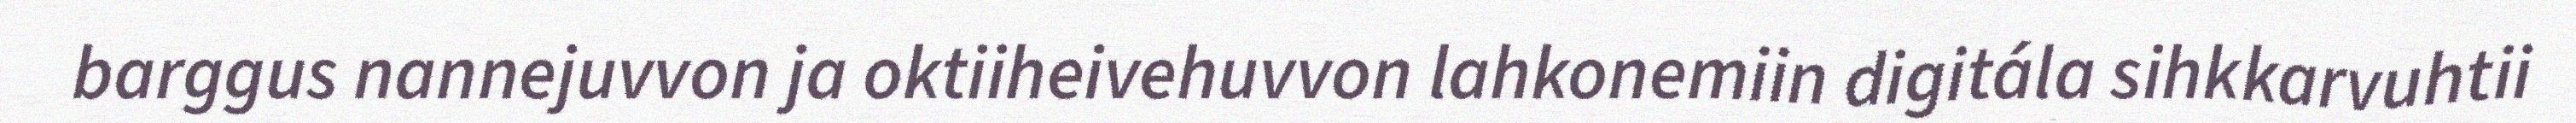
barggus nannejuvvon ja oktiiheivehuvvon lahkonemiin digitála sihkkarvuhtii